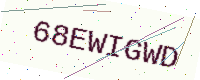
Text: 68EWIGWD